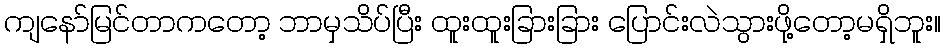
ကျနော်မြင်တာကတော့ ဘာမှသိပ်ပြီး ထူးထူးခြားခြား ပြောင်းလဲသွားဖို့တော့မရှိဘူး။